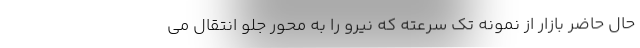
حال حاضر بازار از نمونه تک سرعته که نیرو را به محور جلو انتقال می